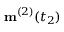
\mathbf { m } ^ { ( 2 ) } ( t _ { 2 } )